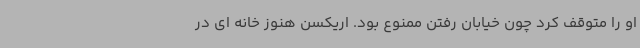
او را متوقف کرد چون خیابان رفتن ممنوع بود. اریکسن هنوز خانه ای در